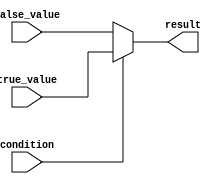
module conditional_example(
    input wire condition,
    input wire true_value,
    input wire false_value,
    output reg result
);

always @(*) begin
    result = (condition) ? true_value : false_value;
end

endmodule